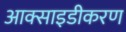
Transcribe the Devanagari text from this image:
आक्साइडीकरण